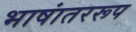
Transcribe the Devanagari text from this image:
भाषांतररूप